system: You are a helpful assistant.
user:
Analyze the provided spectrum to determine if it is a **S-type Star**.

- **Key Indicators for S-type Star:**

    - **(Overall Spectrum Shape):** The first and most obvious characteristic is the overall continuum (the "baseline" shape). It is **extremely "red-sloping,"** meaning the flux (light intensity) is very low on the left side (blue, ~4000-4500 Å) and rises steeply and continuously toward the right side (red, ~7000 Å+).

    - **(Primary):** The spectrum is defined by the presence of strong, broad molecular absorption "valleys" (bands) from **Zirconium Oxide (ZrO)**. The identification of these bands is the **primary requirement** for classifying a star as S-type.
        - **(Key Bandheads):** You must find distinct, deep "dips" where the light has been absorbed. The most critical band systems to locate are:
            - **~6474 Å** ($\gamma$-system): This is often the strongest and clearest ZrO feature, found in the red part of the spectrum.
            - **~5718 Å** & **~5551 Å** ($\beta$-system): A pair of prominent absorption features in the yellow-orange part of the spectrum.
            - **~4640 Å** ($\alpha$-system): A key absorption band system in the blue-green region of the spectrum.

    - **(Secondary Confirmation):** The classification is strengthened by finding additional absorption bands from other related heavy element oxides, which are expected to be present alongside ZrO.
        - **(Key Bandheads):**
            - **Yttrium Oxide (YO):** Look for absorption dips near **~4800 Å** and **~6100 Å**.
            - **Lanthanum Oxide (LaO):** Additional absorption features, particularly in the red-orange part of the spectrum, are also characteristic.

    - **(Line Profile):** The combination of the steep red continuum and these numerous, deep molecular bands (ZrO, YO, etc.) gives the entire spectrum a very **"chopped-up"** or **"bumpy"** appearance. Instead of a smooth curve, the spectrum looks as though large, wide chunks of light have been "carved out" of it at the specific wavelengths listed above.

Think first, call **spectral_visualization_tool** if needed to examine features in detail, then provide your final answer. Your response must adhere to the following strict rules:
1.  **Overall Structure:** Your response must follow the format `<think>...</think> <tool_call>...</tool_call> (if a tool is used) <answer>...</answer>`.
2.  **Tool Usage Constraint:** You may only make **one** tool call per turn.
3.  **Final Answer Format:** In the `<answer>` tag, your conclusion must be inside a `\boxed{}` command (e.g., `\boxed{YES}` or `\boxed{NO}`), followed by your justification.

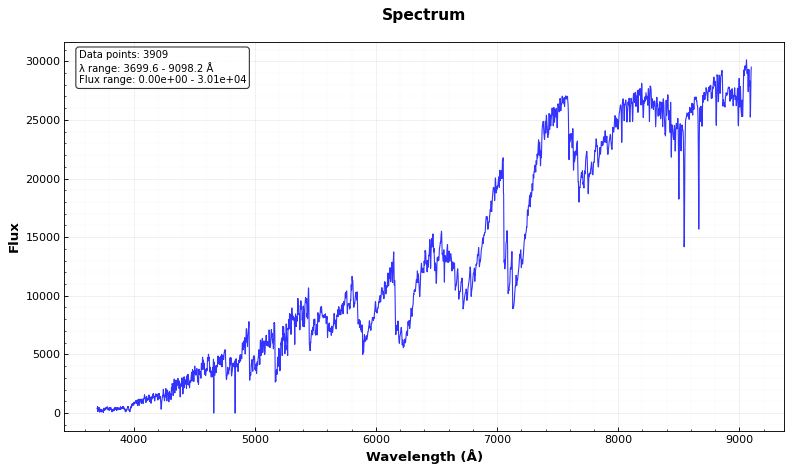
Answer: YES